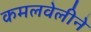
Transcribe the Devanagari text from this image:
कमलवेलीने